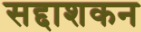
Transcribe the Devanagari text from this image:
सद्दाशकन